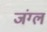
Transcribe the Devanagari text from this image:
जंग्ल